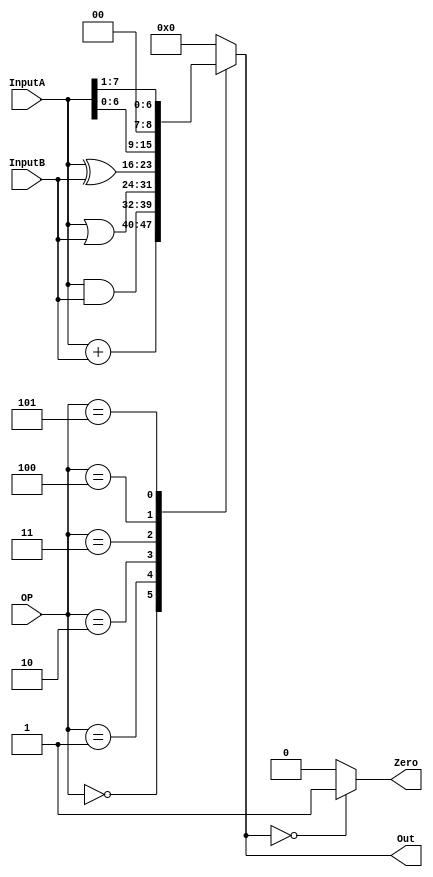
// Module Name:    ALU 
// Project Name:   CSE141L
//
// Revision Fall 2020
// Based on SystemVerilog source code provided by John Eldon
// Comment:
// 


	 
module ALU(InputA,InputB,OP,Out,Zero);

	input [ 7:0] InputA;
	input [ 7:0] InputB;
	input [ 2:0] OP;
	output reg [7:0] Out; // logic in SystemVerilog
	output reg Zero;

	always@* // always_comb in systemverilog
	begin 
		Out = 0;
		case (OP)
		3'b000: Out = InputA + InputB; // ADD
		3'b001: Out = InputA & InputB; // AND
		3'b010: Out = InputA | InputB; // OR
		3'b011: Out = InputA ^ InputB; // XOR
		3'b100: Out = InputA << 1;				// Shift left
		3'b101: Out = {1'b0,InputA[7:1]};   // Shift right
		default: Out = 0;
	  endcase
	
	end 

	always@*							  // assign Zero = !Out;
	begin
		case(Out)
			'b0     : Zero = 1'b1;
			default : Zero = 1'b0;
      endcase
	end


endmodule